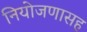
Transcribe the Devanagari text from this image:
नियोजणासह